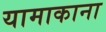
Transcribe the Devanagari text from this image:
यामाकाना